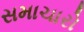
સમાચારો